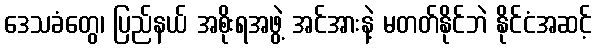
ဒေသခံတွေ၊ ပြည်နယ် အစိုးရအဖွဲ့ အင်အားနဲ့ မတတ်နိုင်ဘဲ နိုင်ငံအဆင့်